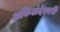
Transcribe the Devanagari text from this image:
अकिलंदेश्वरी